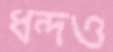
ধন্দও